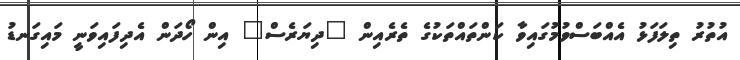
އުތުރު ތިލަފަޅު އެއްބަސްވުމުގައިވާ ކަންތައްތަކުގެ ތެރެއިން "ދިޔަރެސް" އިން ހޯދަން އެދިފައިވަނީ މައިގަނޑު